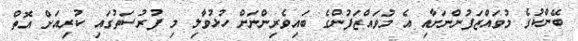
ބޭންކުގެ މުވައްޒަފުންނަށާއި އެ މުވައްޒަފުންގެ ބައިވެރިންނަށް ހުޅުވާލި މި ފުރުސަތުގައި ކުރިއަށް އޮތް